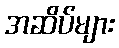
အဆိပ်များ